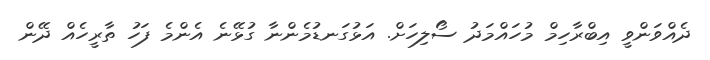
ދެއްވަންވީ އިބްރާހިމް މުހައްމަދު ސޯލިހަށް. އަޅުގަނޑުމެންނާ ގުޅޭނެ އެންމެ ފަހު ތާރީހެއް ދޭން